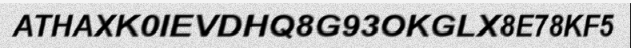
ATHAXK0IEVDHQ8G93OKGLX8E78KF5